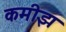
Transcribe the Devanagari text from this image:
कमीझ